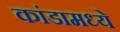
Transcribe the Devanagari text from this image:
कांडामध्ये